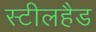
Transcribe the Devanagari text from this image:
स्टीलहैड